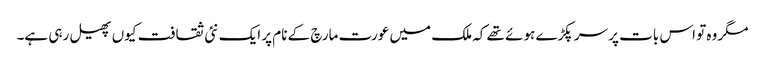
مگر وہ تو اس بات پر سر پکڑے ہوئے تھے کہ ملک میں عورت مارچ کے نام پر ایک نئی ثقافت کیوں پھیل رہی ہے۔